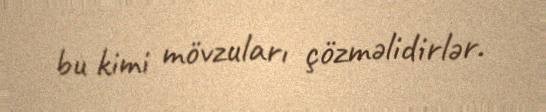
bu kimi mövzuları çözməlidirlər.